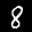
Label: 8